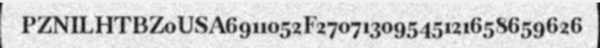
PZNILHTBZ0USA6911052F27071309545121658659626